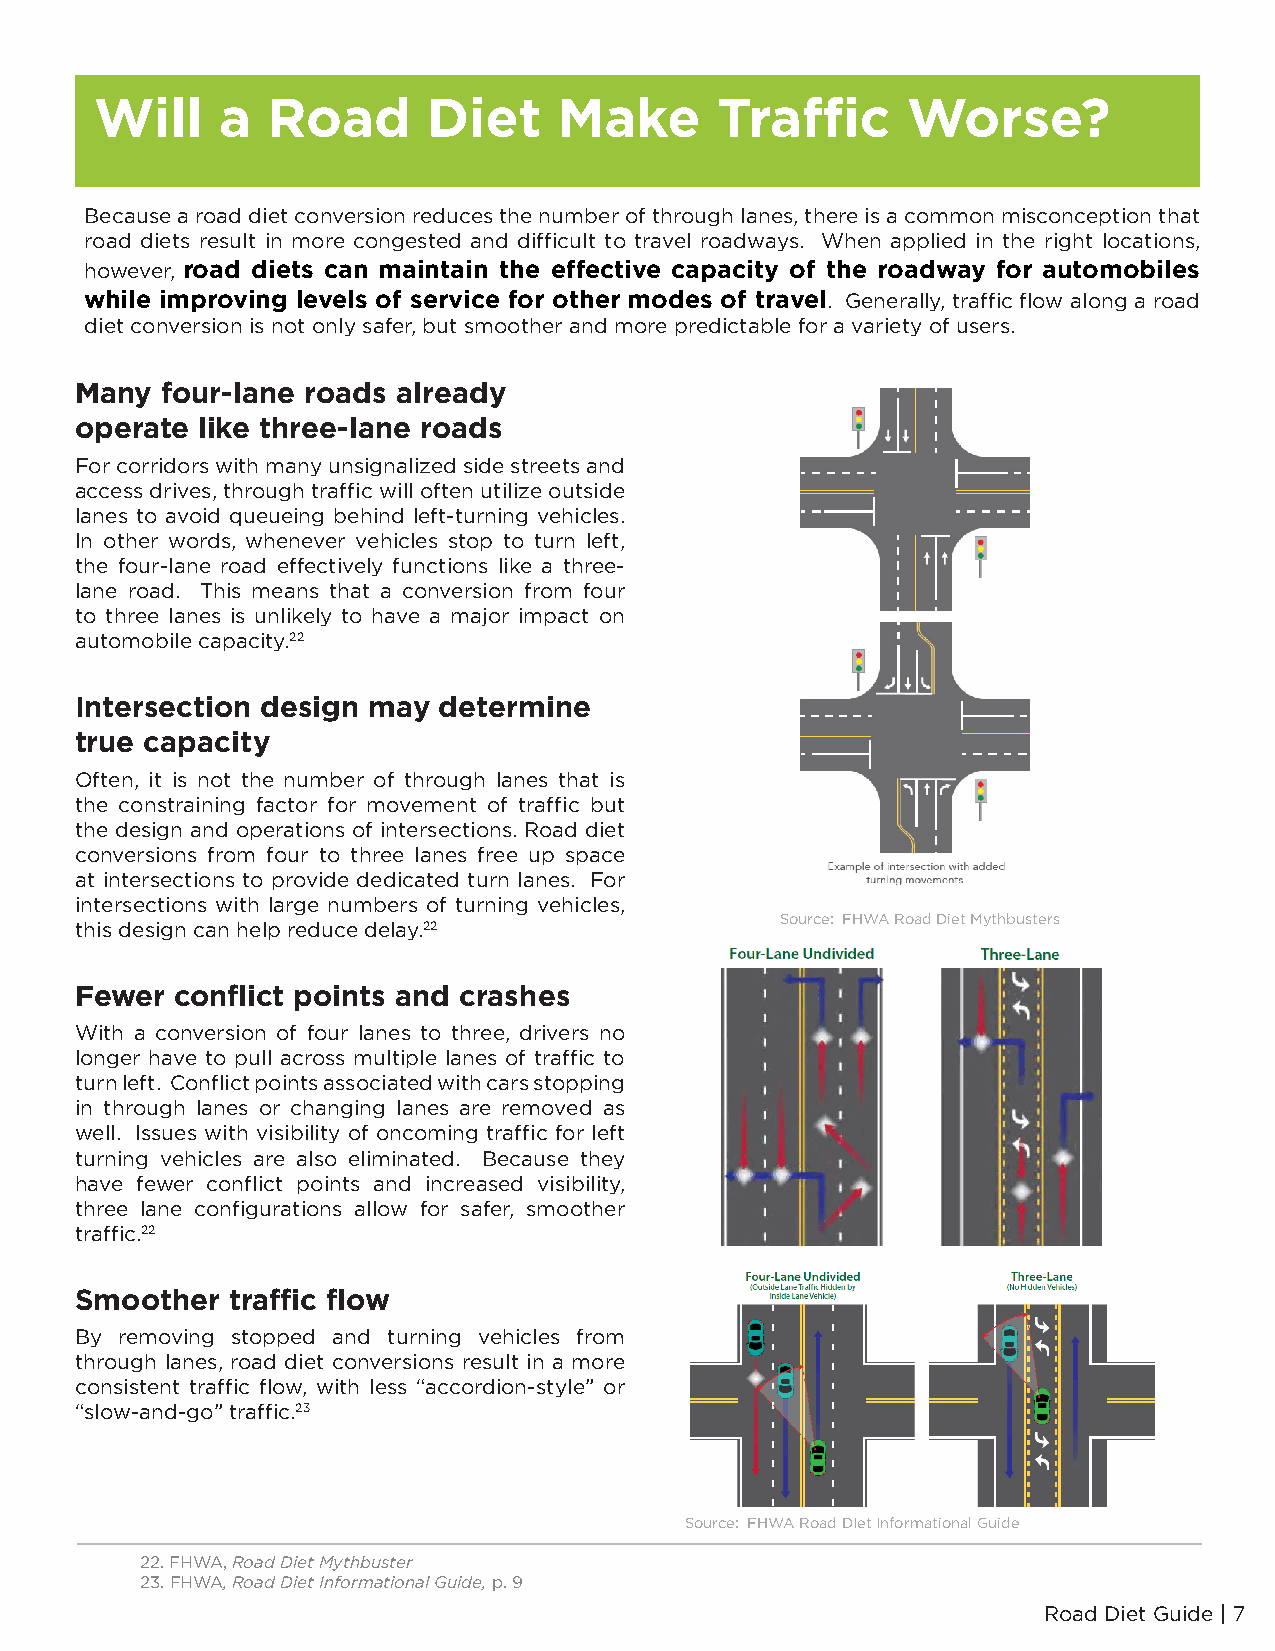
Will     a  Road      Diet     Make      Traffic      Worse?
 Because a road diet conversion reduces the number of through lanes, there is a common misconception that
 road diets result in more congested and difficult to travel roadways. When applied in the right locations,
 however, road diets can maintain the effective capacity of the roadway for automobiles
 while improving levels of service for other modes of travel. Generally, traffic flow along a road
 diet conversion is not only safer, but smoother and more predictable for a variety of users.
 Many  four-lane roads already
 operate like three-lane roads
 For corridors with many unsignalized side streets and
 access drives, through traffic will often utilize outside
 lanes to avoid queueing behind left-turning vehicles.
 In other words, whenever vehicles stop to turn left,
 the four-lane road effectively functions like a three-
 lane road. This means that a conversion from four
 to three lanes is unlikely to have a major impact on
 automobile capacity.22
 Intersection design may determine
 true capacity
 Often, it is not the number of through lanes that is
 the constraining factor for movement of traffic but
 the design and operations of intersections. Road diet
 conversions from four to three lanes free up space
 at intersections to provide dedicated turn lanes. For
 intersections with large numbers of turning vehicles,
 Source: FHWA Road Diet Mythbusters
 this design can help reduce delay.22
 Fewer  conflict points and crashes
 With a conversion of four lanes to three, drivers no
 longer have to pull across multiple lanes of traffic to
 turn left. Conflict points associated with cars stopping
 in through lanes or changing lanes are removed as
 well. Issues with visibility of oncoming traffic for left
 turning vehicles are also eliminated. Because they
 have fewer conflict points and increased visibility,
 three lane configurations allow for safer, smoother
 traffic.22
 Smoother  traffic flow
 By removing stopped and turning vehicles from
 through lanes, road diet conversions result in a more
 consistent traffic flow, with less “accordion-style” or
 “slow-and-go” traffic.23
 Source: FHWA Road DIet Informational Guide
 22. FHWA, Road Diet Mythbuster
 23. FHWA, Road Diet Informational Guide, p. 9
 Road Diet Guide | 7